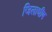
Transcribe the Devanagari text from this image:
जिलाधीष